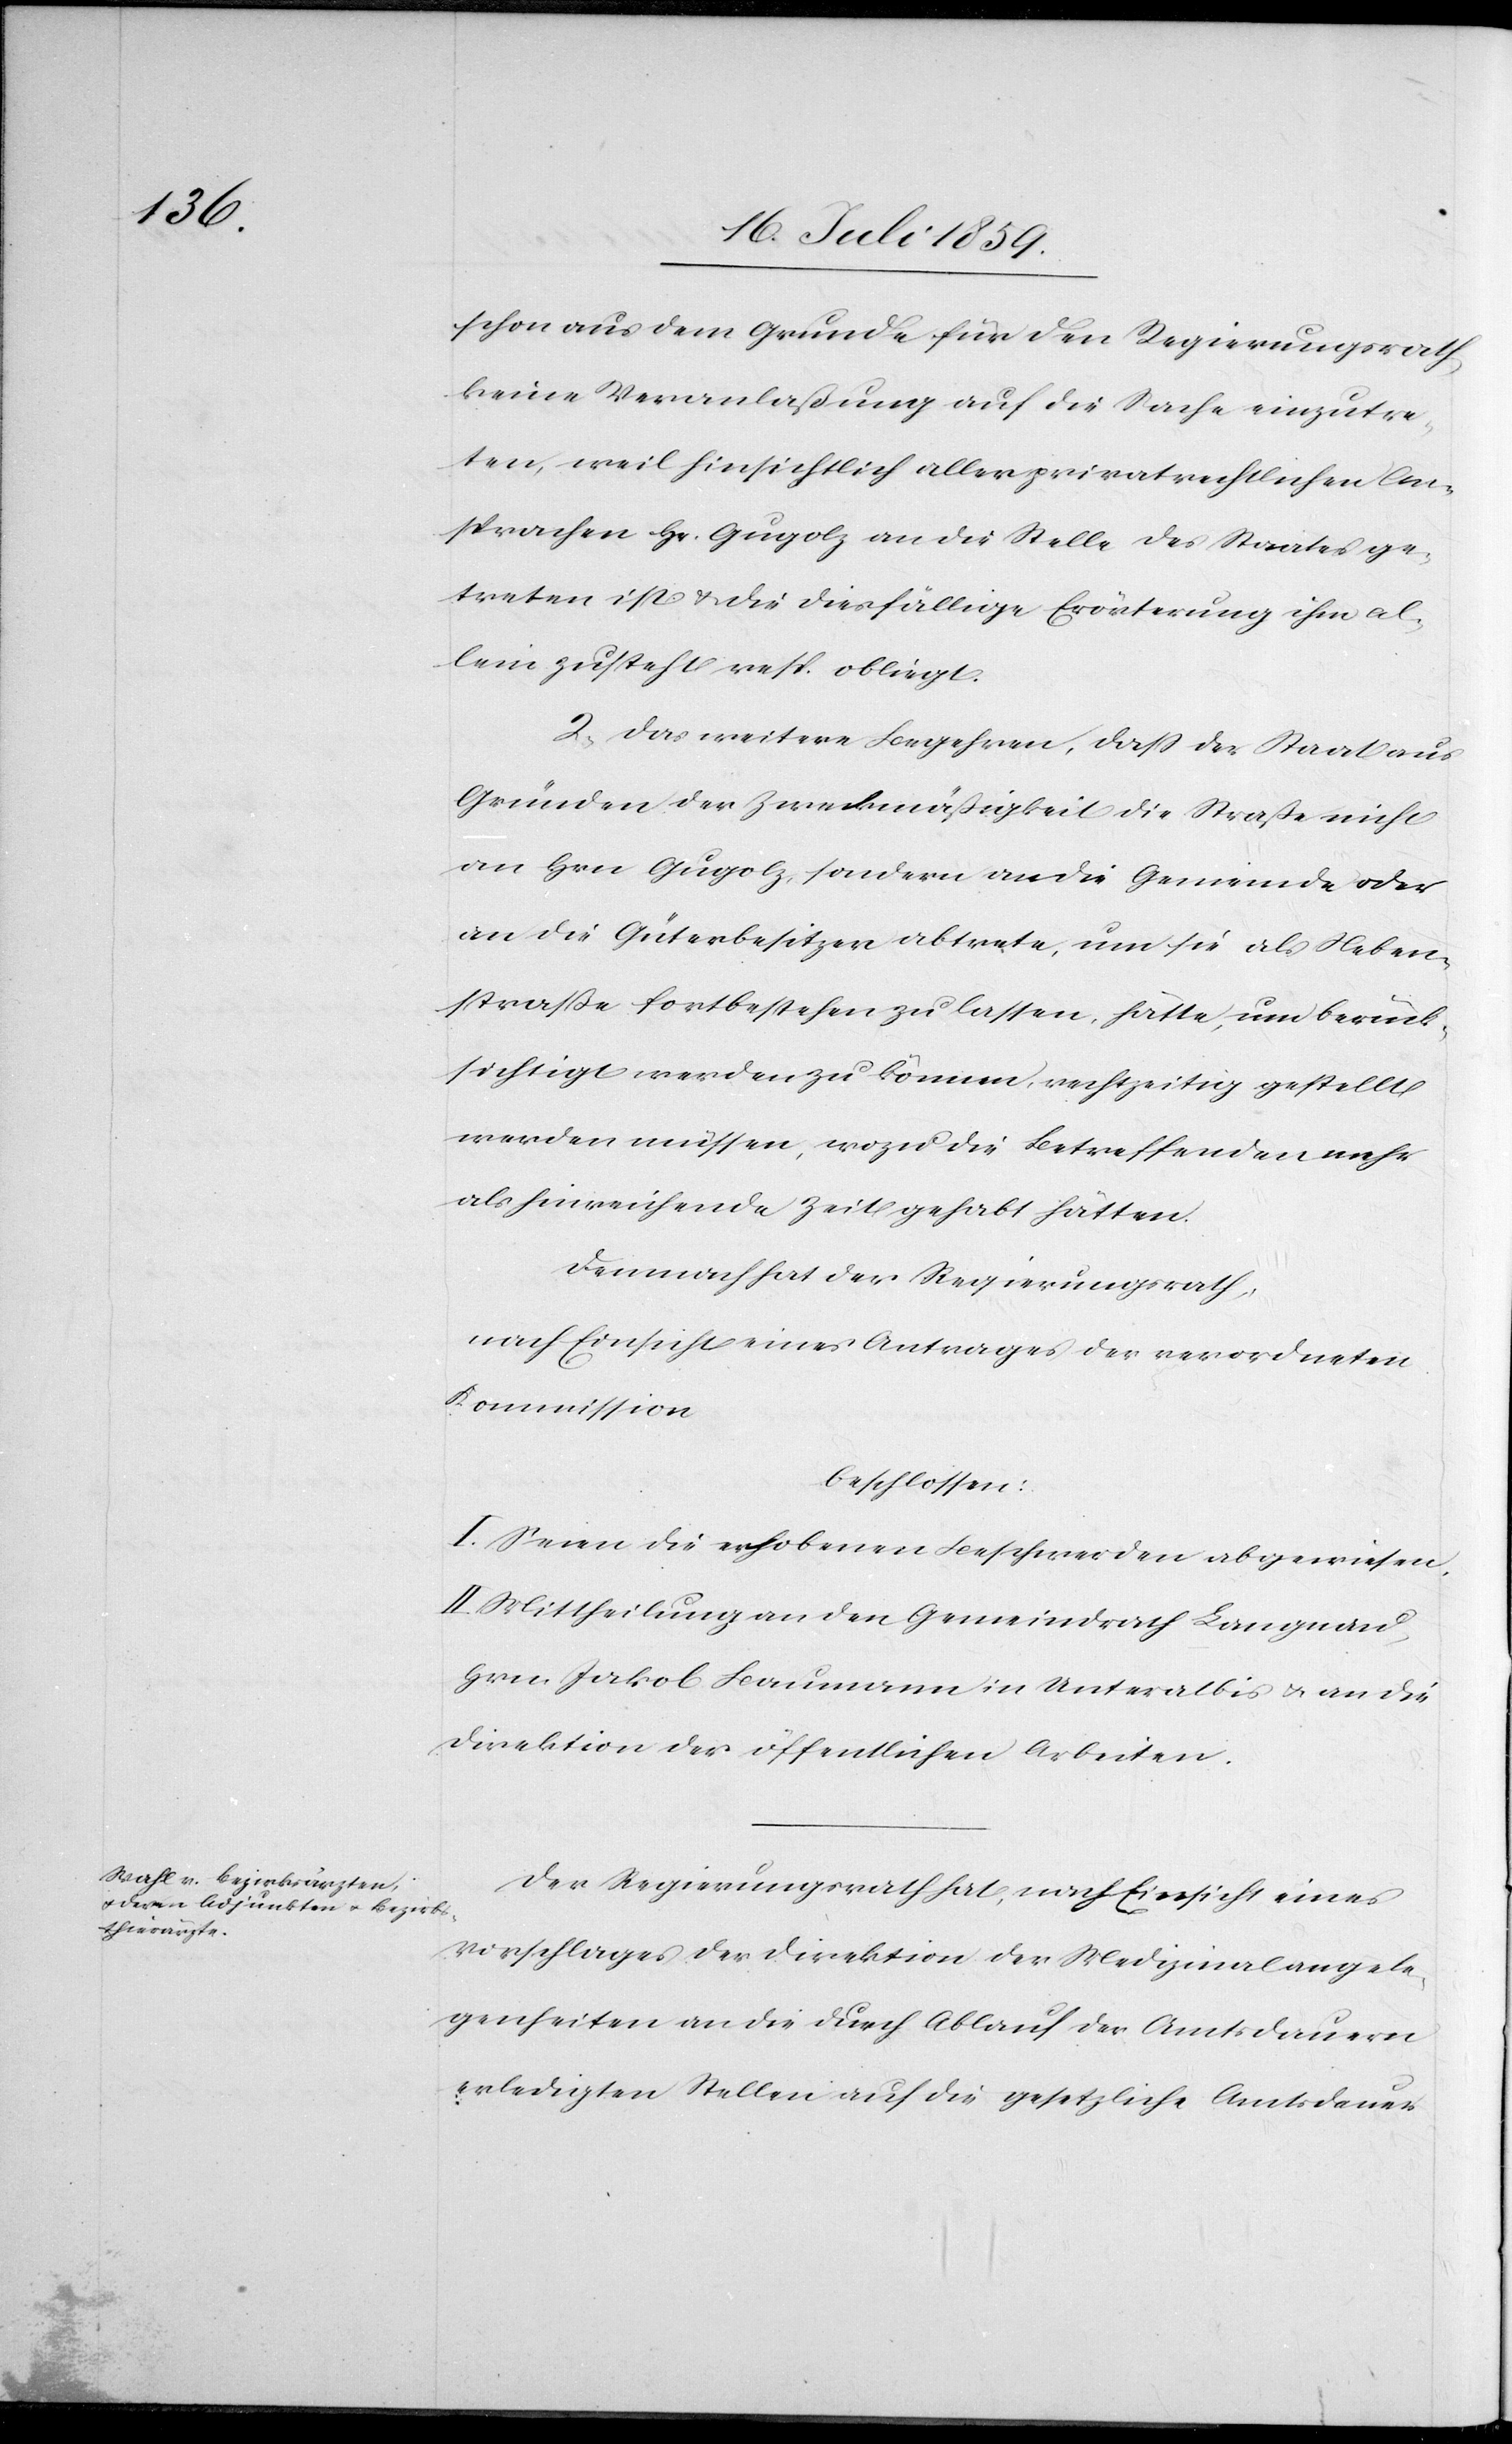
schon aus dem Grunde für den Regierungsrath
keine Veranlaßung auf die Sache einzutre¬
ten, weil hinsichtlich aller privatrechtlichen
Ansprachen Hr. Gugolz an die Stelle des Staates ge¬
treten ist u. die diesfällige Erörterung ihm al¬
lein zusteht resp. obliegt.
2. Das weitere Begehren, daß der Staat aus
Gründen der Zweckmäßigkeit die Straße nicht
an Hrn. Gugolz, sondern an die Gemeinde oder
an die Güterbesitzer abtrete, um sie als Neben¬
straße fortbestehen zu lassen, hätte, um berück¬
sichtigt werden zu können, rechtzeitig gestellt
werden müssen, wozu die Betreffenden mehr
als hinreichende Zeit gehabt hätten.
Demnach hat der Regierungsrath,
nach Einsicht eines Antrages der verordneten
Kommission
beschlossen:
I. Seien die erhobenen Beschwerden abgewiesen.
II. Mittheilung an den Gemeindrath Langnau,
Hrn. Jakob Baumann in Unteralbis u. an die
Direktion der öffentlichen Arbeiten.
Der Regierungsrath hat, nach Einsicht eines
Vorschlages der Direktion der Medizinalangele¬
genheiten an die durch Ablauf der Amtsdauern
erledigten Stellen auf die gesetzliche Amtsdauer